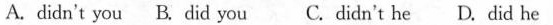
A.didn't you B. did you C. didn't he D. did he